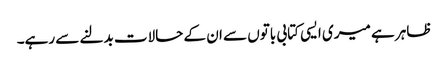
ظاہر ہے میری ایسی کتابی باتوں سے ان کے حالات بدلنے سے رہے۔